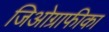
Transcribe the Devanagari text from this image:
जिओग्राफीका